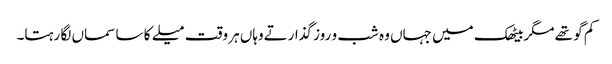
کم گو تھے مگربیٹھک میں جہاں وہ شب و روز گذارتےوہاں ہر وقت میلے کا سا سماں لگا رہتا۔